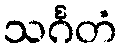
သင်္ဂတံ